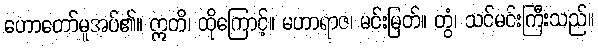
ဟောတော်မူအပ်၏။ ဣတိ၊ ထိုကြောင့်။ မဟာရာဇ၊ မင်းမြတ်။ တွံ၊ သင်မင်းကြီးသည်။